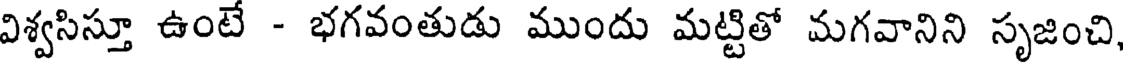
విశ్వసిస్తూ ఉంటే - భగవంతుడు ముందు మట్టితో మగవానిని సృజించి